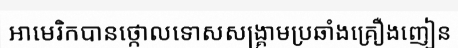
អាមេរិកបានថ្កោលទោសសង្គ្រាមប្រឆាំងគ្រឿងញៀន